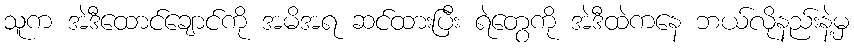
သူက အဲဒီထောင်ချောင်ကို အမိအရ ဆင်ထားပြီး ရဲတွေကို အဲဒီထဲကနေ ဘယ်လိုနည်းနဲ့မှ